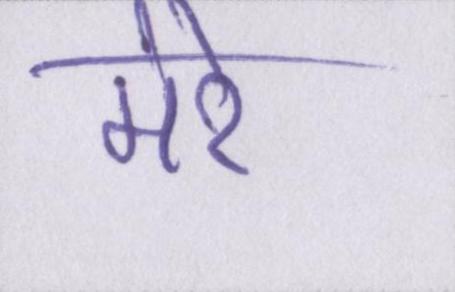
मेरे